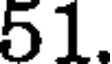
51.